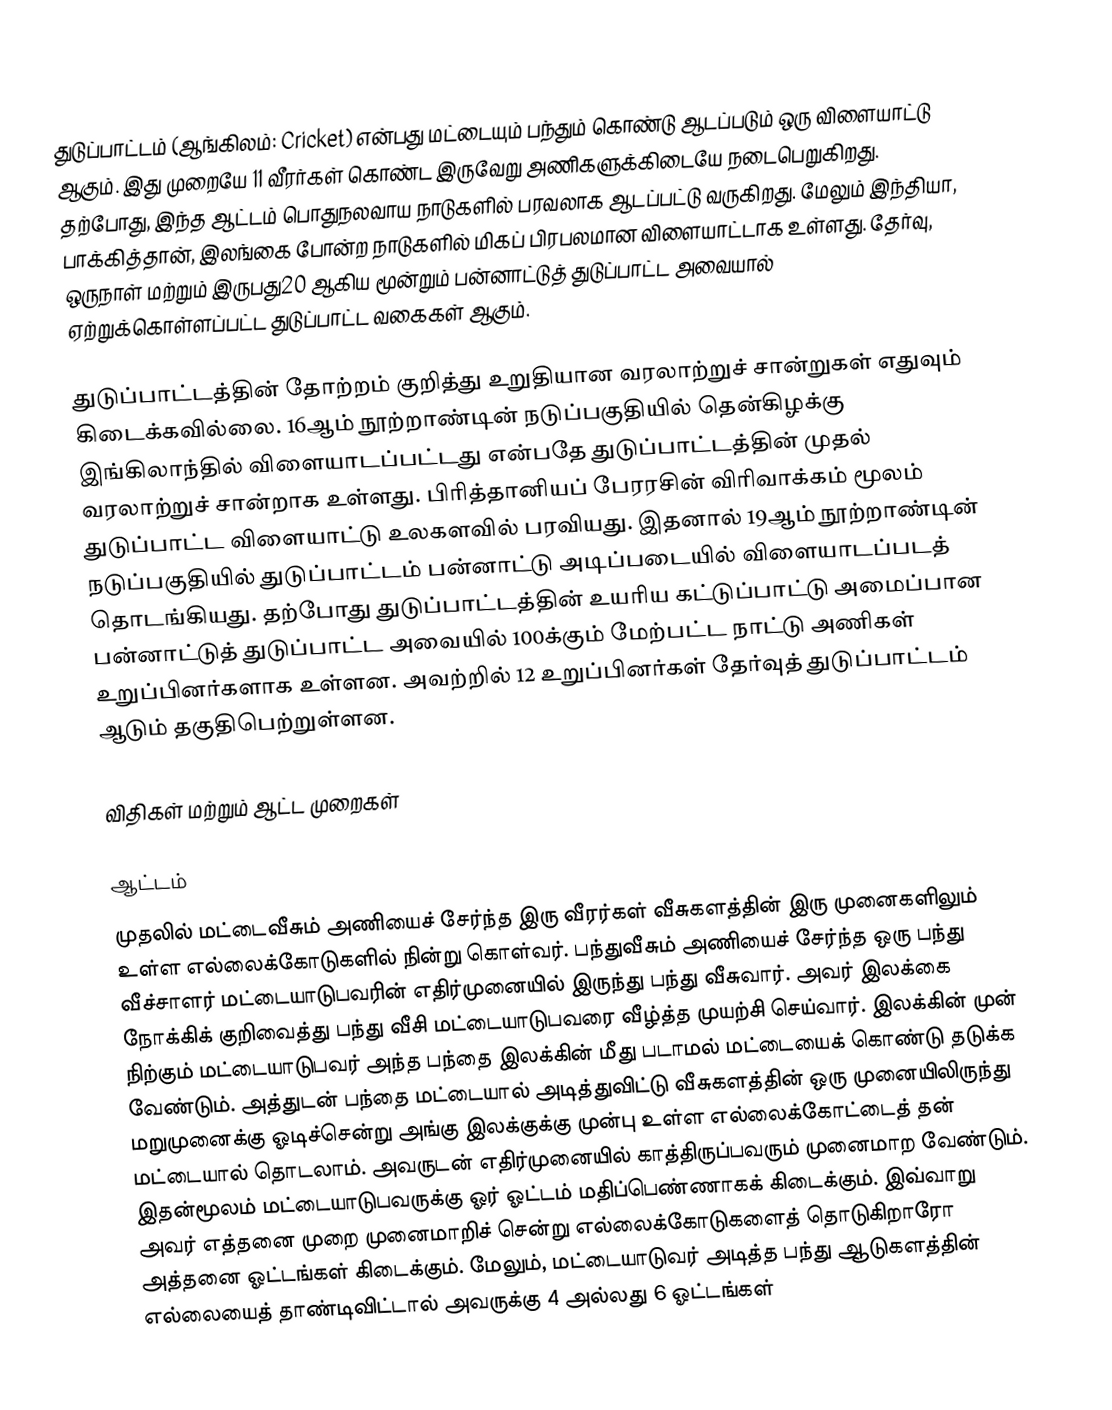
துடுப்பாட்டம் (ஆங்கிலம்: Cricket) என்பது மட்டையும் பந்தும் கொண்டு ஆடப்படும் ஒரு விளையாட்டு ஆகும். இது முறையே 11 வீரர்கள் கொண்ட இருவேறு அணிகளுக்கிடையே நடைபெறுகிறது.  தற்போது, இந்த ஆட்டம் பொதுநலவாய நாடுகளில் பரவலாக ஆடப்பட்டு வருகிறது. மேலும் இந்தியா, பாக்கித்தான், இலங்கை போன்ற நாடுகளில் மிகப் பிரபலமான விளையாட்டாக உள்ளது. தேர்வு, ஒருநாள் மற்றும் இருபது20 ஆகிய மூன்றும் பன்னாட்டுத் துடுப்பாட்ட அவையால் ஏற்றுக்கொள்ளப்பட்ட துடுப்பாட்ட வகைகள் ஆகும்.

துடுப்பாட்டத்தின் தோற்றம் குறித்து உறுதியான வரலாற்றுச் சான்றுகள் எதுவும் கிடைக்கவில்லை. 16ஆம் நூற்றாண்டின் நடுப்பகுதியில் தென்கிழக்கு இங்கிலாந்தில் விளையாடப்பட்டது என்பதே துடுப்பாட்டத்தின் முதல் வரலாற்றுச் சான்றாக உள்ளது. பிரித்தானியப் பேரரசின் விரிவாக்கம் மூலம் துடுப்பாட்ட விளையாட்டு உலகளவில் பரவியது. இதனால் 19ஆம் நூற்றாண்டின் நடுப்பகுதியில் துடுப்பாட்டம் பன்னாட்டு அடிப்படையில் விளையாடப்படத் தொடங்கியது. தற்போது துடுப்பாட்டத்தின் உயரிய கட்டுப்பாட்டு அமைப்பான பன்னாட்டுத் துடுப்பாட்ட அவையில் 100க்கும் மேற்பட்ட நாட்டு அணிகள் உறுப்பினர்களாக உள்ளன. அவற்றில் 12 உறுப்பினர்கள் தேர்வுத் துடுப்பாட்டம் ஆடும் தகுதிபெற்றுள்ளன.

விதிகள் மற்றும் ஆட்ட முறைகள்

ஆட்டம்
முதலில் மட்டைவீசும் அணியைச் சேர்ந்த இரு வீரர்கள் வீசுகளத்தின் இரு முனைகளிலும் உள்ள எல்லைக்கோடுகளில் நின்று கொள்வர். பந்துவீசும் அணியைச் சேர்ந்த ஒரு பந்து வீச்சாளர் மட்டையாடுபவரின் எதிர்முனையில் இருந்து பந்து வீசுவார். அவர் இலக்கை நோக்கிக் குறிவைத்து பந்து வீசி மட்டையாடுபவரை வீழ்த்த முயற்சி செய்வார். இலக்கின் முன் நிற்கும் மட்டையாடுபவர் அந்த பந்தை இலக்கின் மீது படாமல் மட்டையைக் கொண்டு தடுக்க வேண்டும். அத்துடன் பந்தை மட்டையால் அடித்துவிட்டு வீசுகளத்தின் ஒரு முனையிலிருந்து மறுமுனைக்கு ஓடிச்சென்று அங்கு இலக்குக்கு முன்பு உள்ள எல்லைக்கோட்டைத் தன் மட்டையால் தொடலாம். அவருடன் எதிர்முனையில் காத்திருப்பவரும் முனைமாற வேண்டும். இதன்மூலம் மட்டையாடுபவருக்கு ஓர் ஓட்டம் மதிப்பெண்ணாகக் கிடைக்கும். இவ்வாறு அவர் எத்தனை முறை முனைமாறிச் சென்று எல்லைக்கோடுகளைத் தொடுகிறாரோ அத்தனை ஓட்டங்கள் கிடைக்கும். மேலும், மட்டையாடுவர் அடித்த பந்து ஆடுகளத்தின் எல்லையைத் தாண்டிவிட்டால் அவருக்கு 4 அல்லது 6 ஓட்டங்கள்